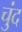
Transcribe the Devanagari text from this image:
चुंद